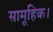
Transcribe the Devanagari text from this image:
सामूहिक।